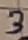
Text: 3